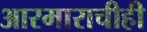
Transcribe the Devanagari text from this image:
आरमाराचीही